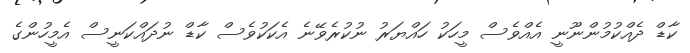
ކާޑް ދެއްކުމުންނޫނީ އެއްވެސް މީހަކު ހައްޔަރު ނުކުރެވޭނެ އެކަކުވެސް ކާޑް ނުދައްކަނީސް އެމީހުންގެ